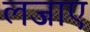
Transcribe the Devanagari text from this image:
लजाए